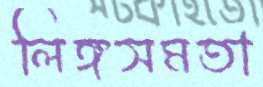
লিঙ্গসমতা